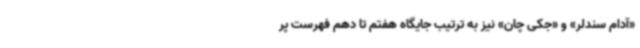
«آدام سندلر» و «جکی چان» نیز به ترتیب جایگاه هفتم تا دهم فهرست پر